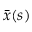
\bar { \boldsymbol { x } } ( s )